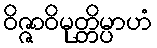
ဝိဇ္ဇာဝိမုတ္တိမ္ပာဟံ